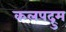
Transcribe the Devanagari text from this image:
कलपद्रुम